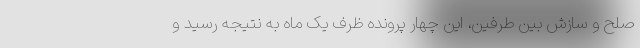
صلح و سازش بین طرفین، این چهار پرونده ظرف یک ماه به نتیجه رسید و